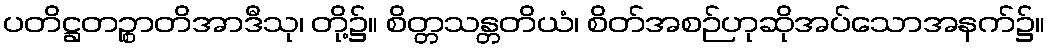
ပတိဋ္ဌတဉ္စာတိအာဒီသု၊ တို့၌။ စိတ္တသန္တတိယံ၊ စိတ်အစဉ်ဟုဆိုအပ်သောအနက်၌။